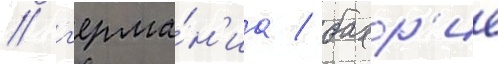
/ г'ерма́н'иа / бахр'ие